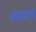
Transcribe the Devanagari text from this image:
रशटन